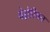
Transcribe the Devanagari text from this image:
वेग्नेरियन